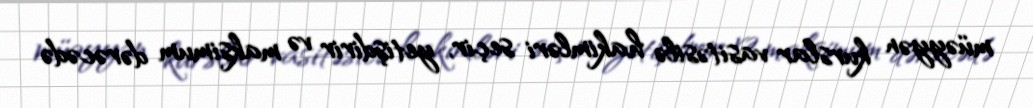
müəyyən kurslar vasitəsilə hakimləri seçir, yetişdirir və maksimum dərəcədə